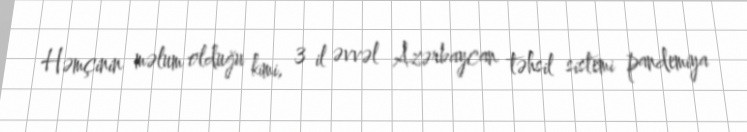
Həmçinin məlum olduğu kimi, 3 il əvvəl Azərbaycan təhsil sistemi pandemiya